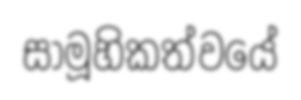
සාමූහිකත්වයේ